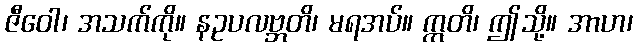
ဇီဝေါ၊ အသက်ကို။ နဥပလဗ္ဘတိ၊ မရအပ်။ ဣတိ၊ ဤသို့။ အာဟ၊